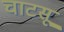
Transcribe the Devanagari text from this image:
चाटसू